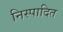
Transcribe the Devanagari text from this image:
निस्पादित